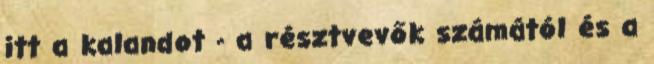
itt a kalandot - a résztvevők számától és a